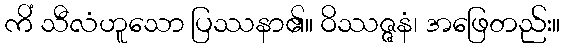
ကိံ သီလံဟူသော ပြဿနာ၏။ ဝိဿဇ္ဇနံ၊ အဖြေတည်း။